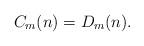
LaTeX: \begin{align*}C_m(n) = D_m(n).\end{align*}